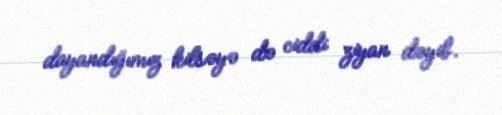
dayandığımız kilsəyə də ciddi ziyan dəyib.